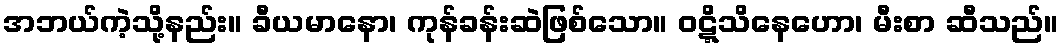
အဘယ်ကဲ့သို့နည်း။ ခီယမာနော၊ ကုန်ခန်းဆဲဖြစ်သော။ ဝဋ္ဋိသိနေဟော၊ မီးစာ ဆီသည်။